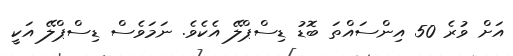
އަށް ވުރެ 50 އިންސައްތަ ބޮޑު ޑިސްޕްލޭ އެކެވެ. ނަމަވެސް ޑިސްޕްލޭ އަކީ